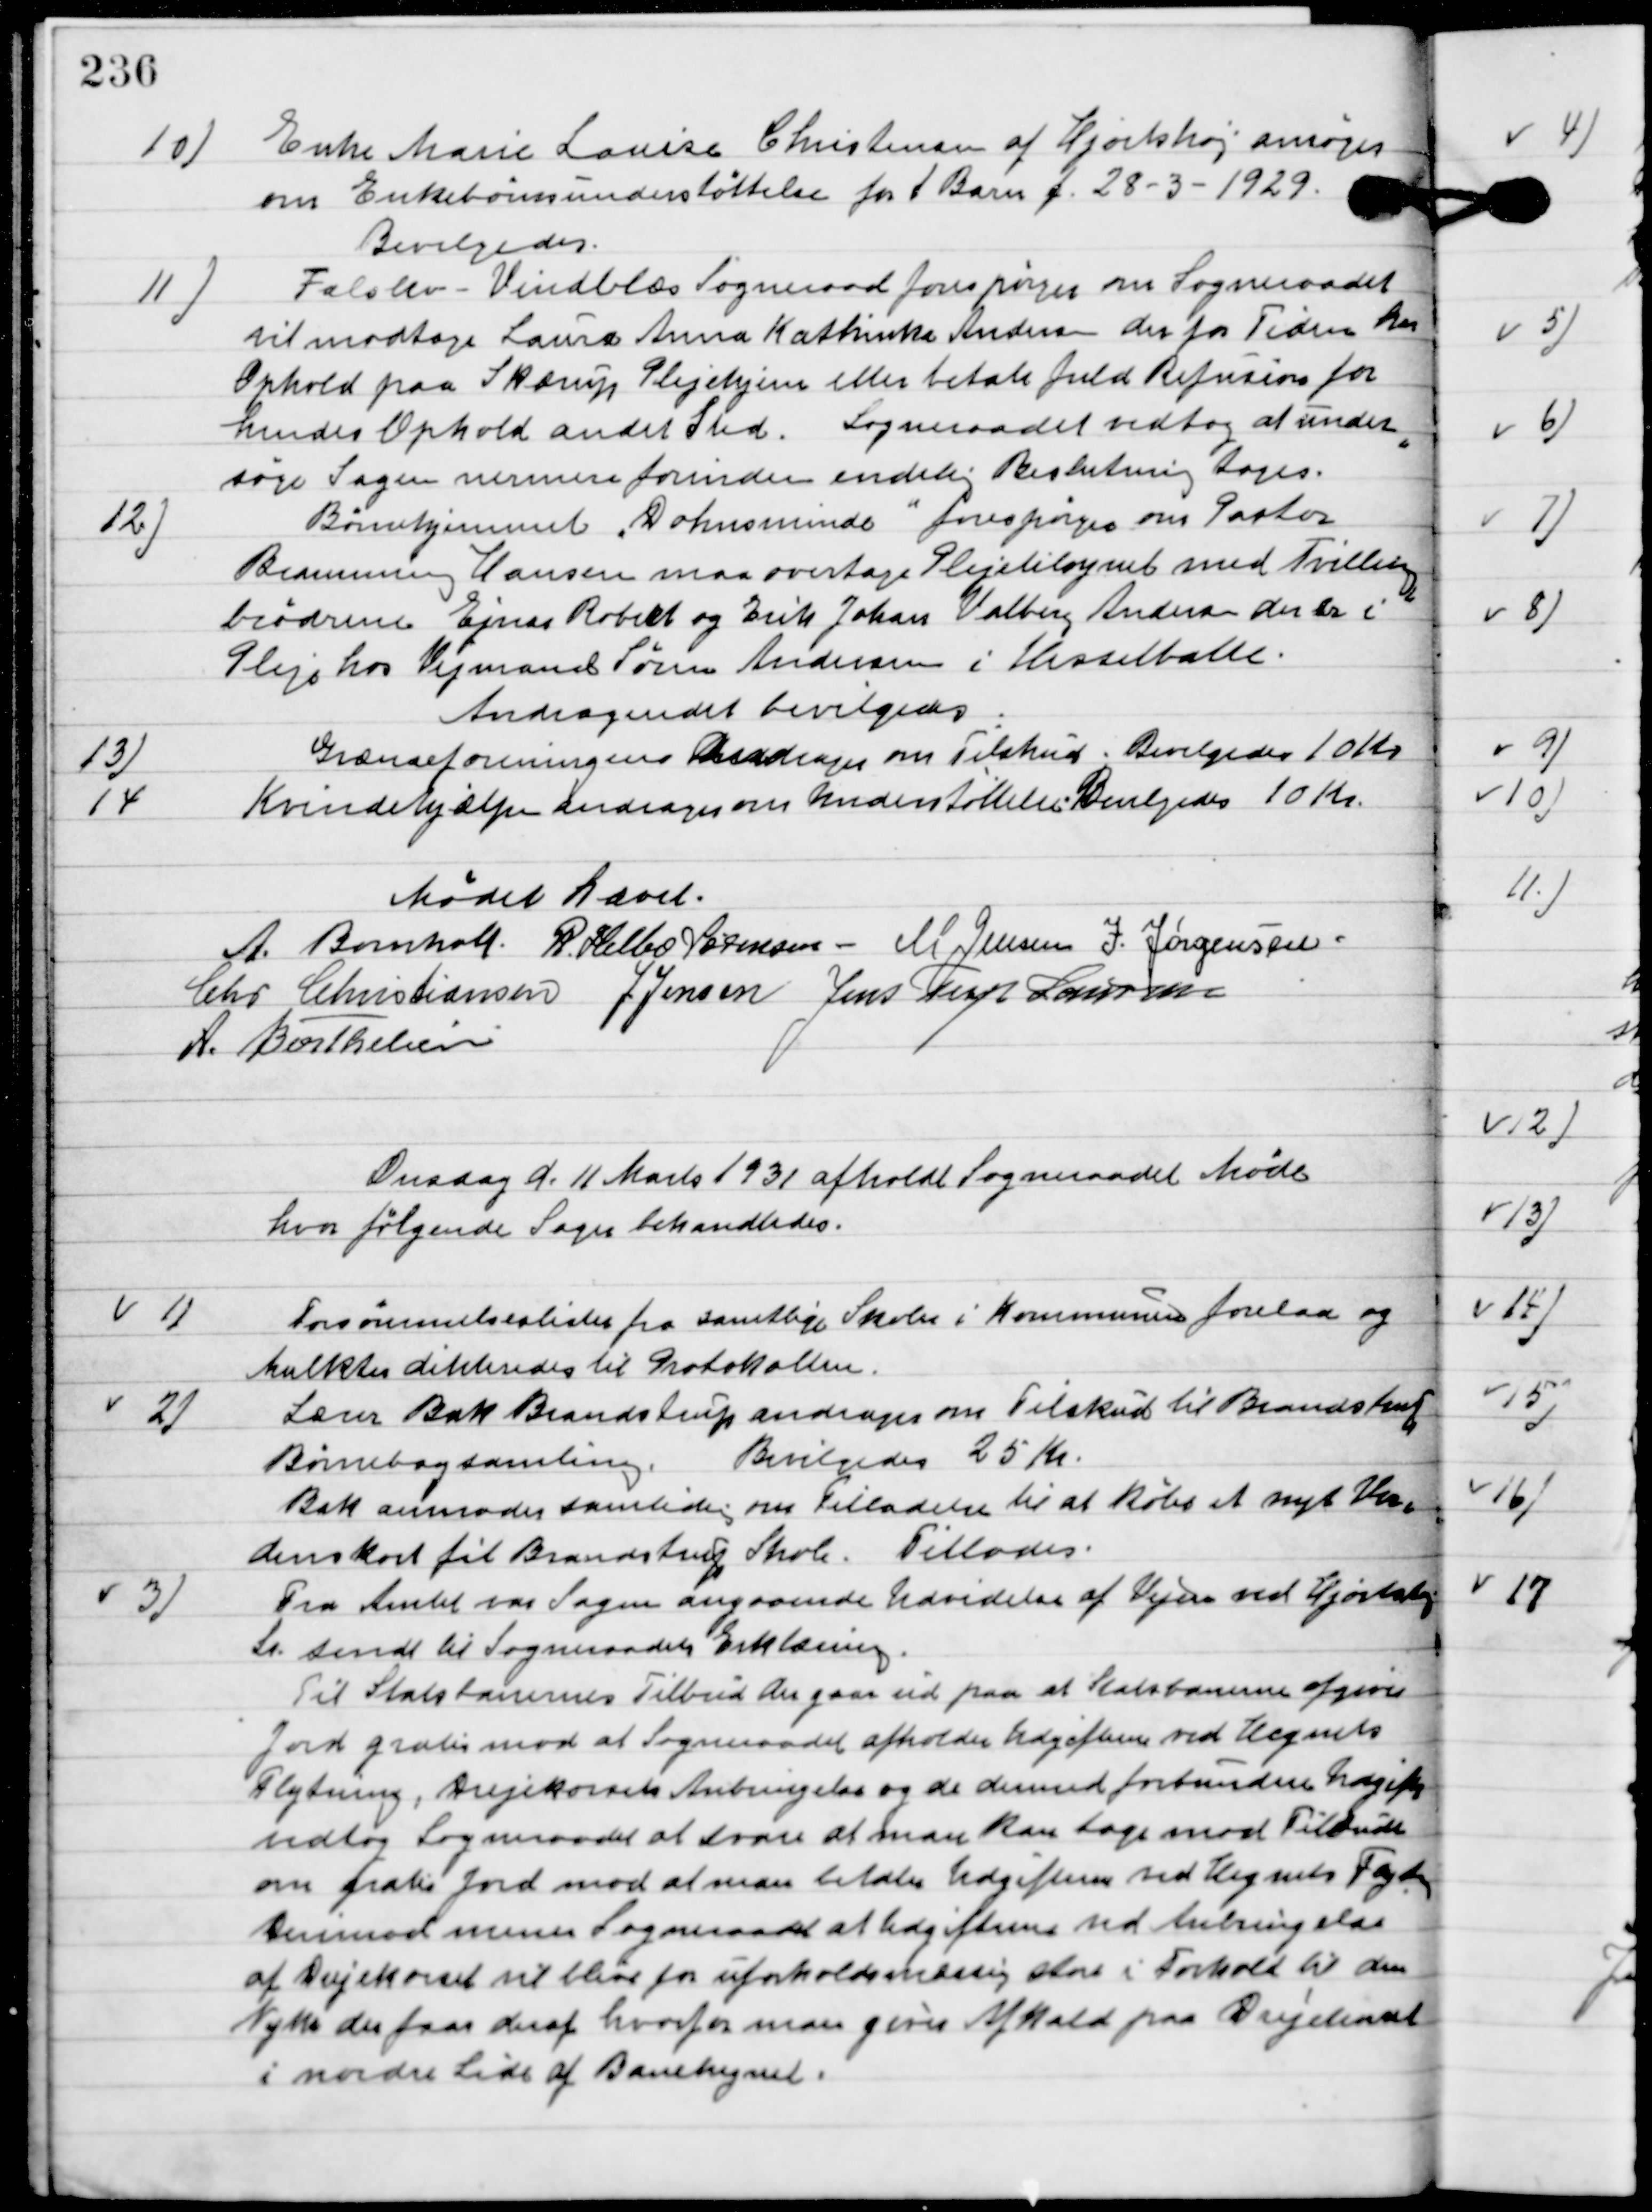
Transskription:
10

Enke Marie Loise Christensen af Hjortshøj ansøger
om enke børns understøttelse for 1 Barn f. 28-3-1929.
Bevilgedes.

11

Falslev-Vindblæs Sogneraad forespørger om Sogneraadet
vil modtage Laura Anne Kathinka Andersen der for Tiden har
Ophold paa Skærup Plejehjem eller betale Refusion for
hendes Ophold andet Sted.
Sogneraadet vedtog at under-
søge sagen nærmere forinden endelig Beslutning toges.

12.

Børnehjemmet ”Dohns minde” forespørger om Pastor 
Bramming Hansen maa overtage Plejetilsynet med Tvilling-
brødrene Ejnar Robert og Erik Johan Valberg Andersen der de i 
Pleje hos Vejmand Søren Andersen i Hesselballe.
Andraget bevilgedes.

13

Grænseforeningen Andrager om Tilskud.
Bevilgedes 10 Kr.

14

Kvindehjælpen andrager om understøttelse.
Bevilgedes 10 Kr.

Mødet hævet.

A. Bomholt
R. Helbo Sørensen
M. Jensen
I. Jørgensen,
Chr. Christiansen
J. Jensen
Jens Terp Laursen
A. Berthelsen.

Onsdag d. 11. Marts 1931 afholdt Sogneraadet Møde
hvor følgende sager behandledes.

1

Forsømmelseslisten for samtlige skoler i Kommunen forelaa og
Mulkter dikteredes til Protokollen.

2

Lærer Bak Brandstrup andrager om Tilskud til Brandstrup
Børnebogsamling.
Bevilgedes 25 Kr.
Bak anmoder samtidig om tilladelse til at købe et nyt Ver-.
denskort til Brandstrup skole.
Tillodes

3

Fra Amtet var Sagen angaaende Udvidelse af Vejen ved Hjortshøj
St. sendt til Sognerraadets Erklæring.
Til Statsbanernes Tilbud der gaar ud paa at Statsbanen afgiver
Jord gratis mod at Sogneraadet afholder Udgifterne ved hegnets
Flytning, Vejekorsets Anbringelse og de dermed forbundne Udgifter
vedtog Sogneraadet at svare at man kan tage mod Tilbuddet
om gratis Jord mod at man betaler Udgifter ved Hegnets Flytning
Derimod mener Sogneraadet at Udgifterne ved Anbringelse
af Vejekorset vil blive for uforholdsmæssig stor i Forhold til den
Nytte der faas deraf hvorfor man gives Afkald paa Vejekorset
I nordre Side af Banelegemet.